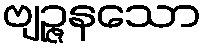
ဗျဉ္ဇနသော